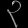
Digit: ၃